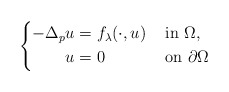
\begin{align*}\left\{\begin{aligned} -\Delta_p u &= f_\lambda(\cdot,u) && \mbox{ in } \Omega, \\ u &= 0 && \mbox{ on } \partial\Omega\end{aligned}\right.\end{align*}